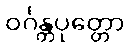
ဝင်္ဂန္တပုတ္တော